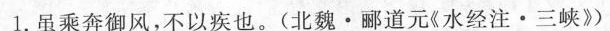
1.虽乘奔御风，不以疾也。(北魏·郦道元《水经注·三峡》